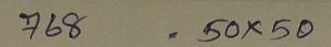
768 = 50x50